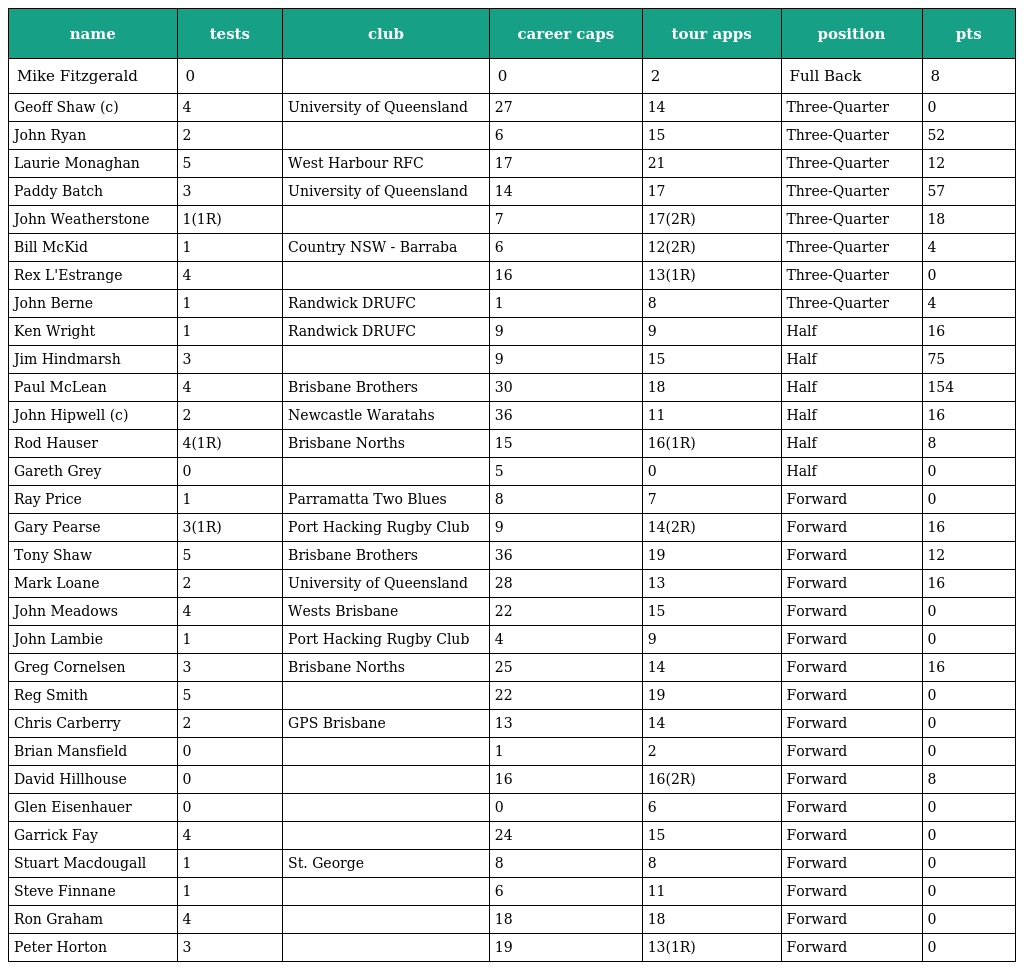
| name | tests | club | career caps | tour apps | position | pts |
 | --- | --- | --- | --- | --- | --- | --- |
 | Mike Fitzgerald | 0 |  | 0 | 2 | Full Back | 8 |
 | Geoff Shaw (c) | 4 | University of Queensland | 27 | 14 | Three-Quarter | 0 |
 | John Ryan | 2 |  | 6 | 15 | Three-Quarter | 52 |
 | Laurie Monaghan | 5 | West Harbour RFC | 17 | 21 | Three-Quarter | 12 |
 | Paddy Batch | 3 | University of Queensland | 14 | 17 | Three-Quarter | 57 |
 | John Weatherstone | 1(1R) |  | 7 | 17(2R) | Three-Quarter | 18 |
 | Bill McKid | 1 | Country NSW - Barraba | 6 | 12(2R) | Three-Quarter | 4 |
 | Rex L'Estrange | 4 |  | 16 | 13(1R) | Three-Quarter | 0 |
 | John Berne | 1 | Randwick DRUFC | 1 | 8 | Three-Quarter | 4 |
 | Ken Wright | 1 | Randwick DRUFC | 9 | 9 | Half | 16 |
 | Jim Hindmarsh | 3 |  | 9 | 15 | Half | 75 |
 | Paul McLean | 4 | Brisbane Brothers | 30 | 18 | Half | 154 |
 | John Hipwell (c) | 2 | Newcastle Waratahs | 36 | 11 | Half | 16 |
 | Rod Hauser | 4(1R) | Brisbane Norths | 15 | 16(1R) | Half | 8 |
 | Gareth Grey | 0 |  | 5 | 0 | Half | 0 |
 | Ray Price | 1 | Parramatta Two Blues | 8 | 7 | Forward | 0 |
 | Gary Pearse | 3(1R) | Port Hacking Rugby Club | 9 | 14(2R) | Forward | 16 |
 | Tony Shaw | 5 | Brisbane Brothers | 36 | 19 | Forward | 12 |
 | Mark Loane | 2 | University of Queensland | 28 | 13 | Forward | 16 |
 | John Meadows | 4 | Wests Brisbane | 22 | 15 | Forward | 0 |
 | John Lambie | 1 | Port Hacking Rugby Club | 4 | 9 | Forward | 0 |
 | Greg Cornelsen | 3 | Brisbane Norths | 25 | 14 | Forward | 16 |
 | Reg Smith | 5 |  | 22 | 19 | Forward | 0 |
 | Chris Carberry | 2 | GPS Brisbane | 13 | 14 | Forward | 0 |
 | Brian Mansfield | 0 |  | 1 | 2 | Forward | 0 |
 | David Hillhouse | 0 |  | 16 | 16(2R) | Forward | 8 |
 | Glen Eisenhauer | 0 |  | 0 | 6 | Forward | 0 |
 | Garrick Fay | 4 |  | 24 | 15 | Forward | 0 |
 | Stuart Macdougall | 1 | St. George | 8 | 8 | Forward | 0 |
 | Steve Finnane | 1 |  | 6 | 11 | Forward | 0 |
 | Ron Graham | 4 |  | 18 | 18 | Forward | 0 |
 | Peter Horton | 3 |  | 19 | 13(1R) | Forward | 0 |